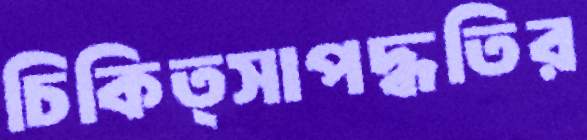
চিকিত্সাপদ্ধতির